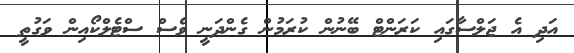
އަދި އެ ޖަލްސާގައި ކަރަންޓް ބޭނުން ކުރަމުން ގެންދަނީ ވެސް ސްޓެލްކޯއިން ވަގުތީ